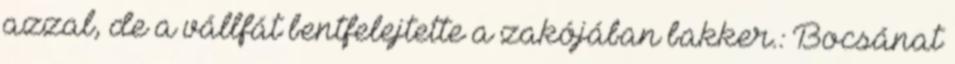
azzal, de a vállfát bentfelejtette a zakójában bakker.: Bocsánat